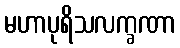
မဟာပုရိသလက္ခဏာ